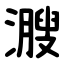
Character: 㵻